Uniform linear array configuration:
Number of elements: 4
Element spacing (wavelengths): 0.75
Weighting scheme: exponential
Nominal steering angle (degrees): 15
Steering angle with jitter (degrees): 13.601
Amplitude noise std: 0.05
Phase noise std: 0.05

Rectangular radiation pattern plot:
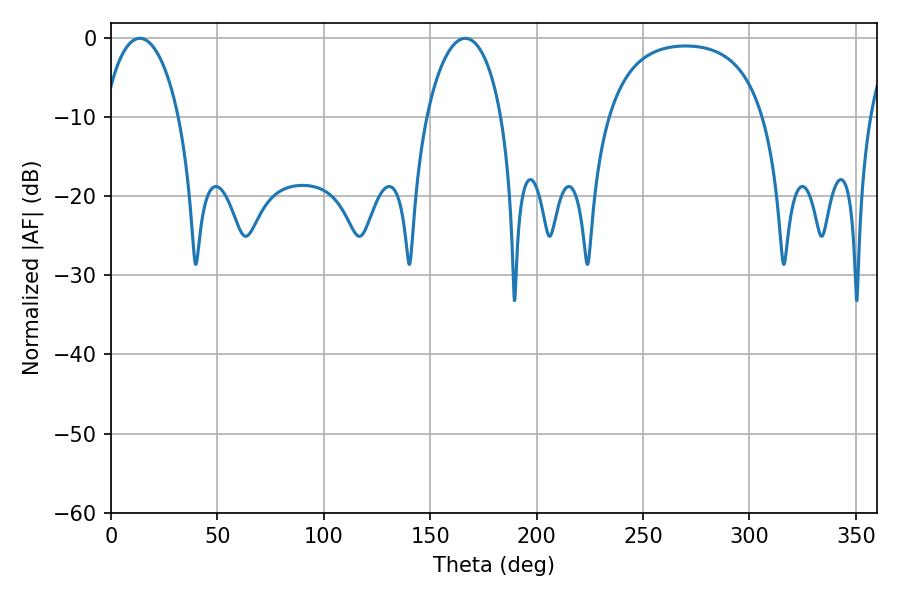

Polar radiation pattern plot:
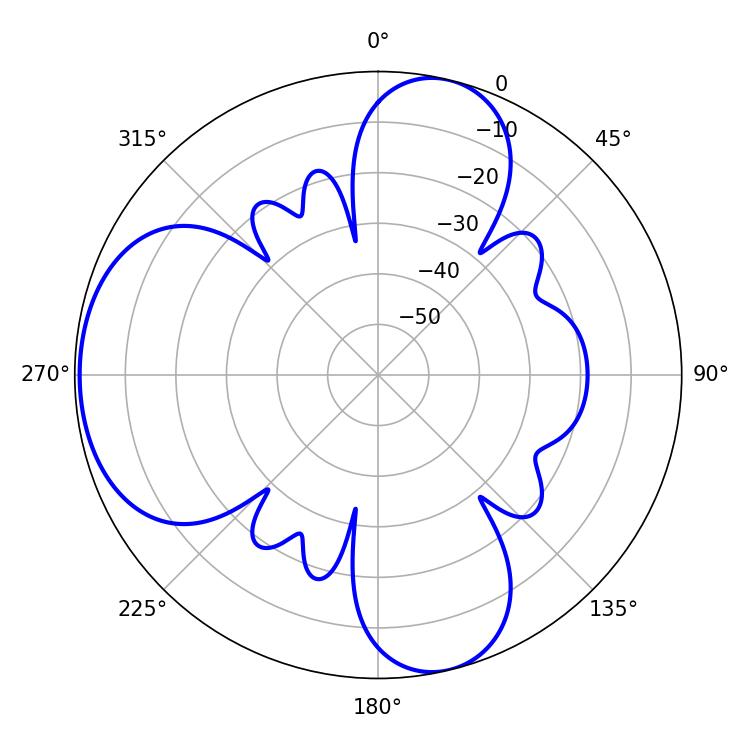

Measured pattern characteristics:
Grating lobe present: TRUE
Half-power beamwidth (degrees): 19.98
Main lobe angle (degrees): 13.5